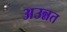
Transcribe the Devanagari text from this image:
अउन्नत